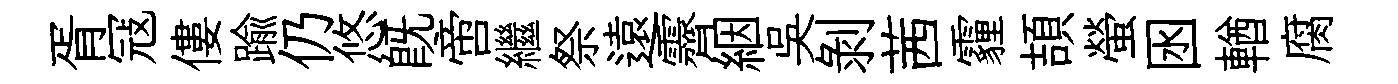
胥冦僂踰仍悠既啻繼祭遠霽絪吴剥茜霾頡螢囦輶腐